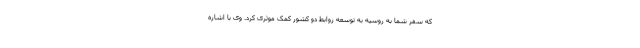
که سفر شما به روسیه به توسعه روابط دو کشور کمک موثری کرد. وی با اشاره